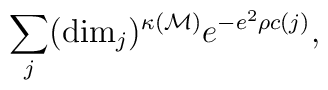
\sum_j ({\rm dim}_j)^{\kappa(\cal M)} e^{-e^2\rho c(j)},